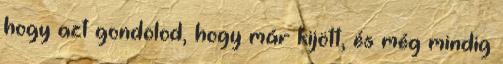
hogy azt gondolod, hogy már kijött, és még mindig